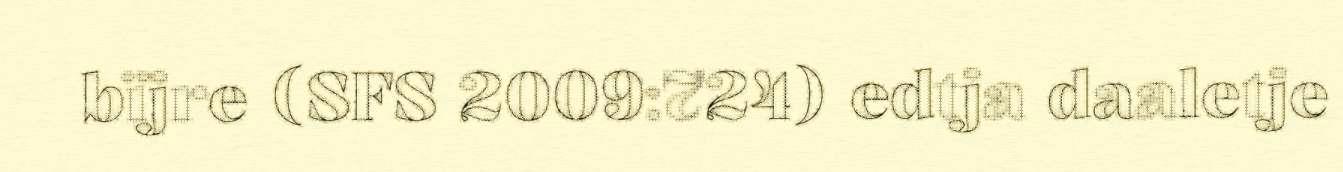
bïjre (SFS 2009:724) edtja daaletje